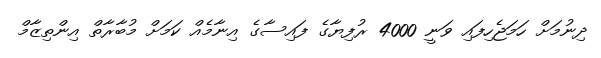
ދިނުމަށް ހަމަޖެހިފައި ވަނީ 4000 ރުފިޔާގެ ފައިސާގެ އިނާމެއް ކަމަށް މުބާރާތް އިންތިޒާމް